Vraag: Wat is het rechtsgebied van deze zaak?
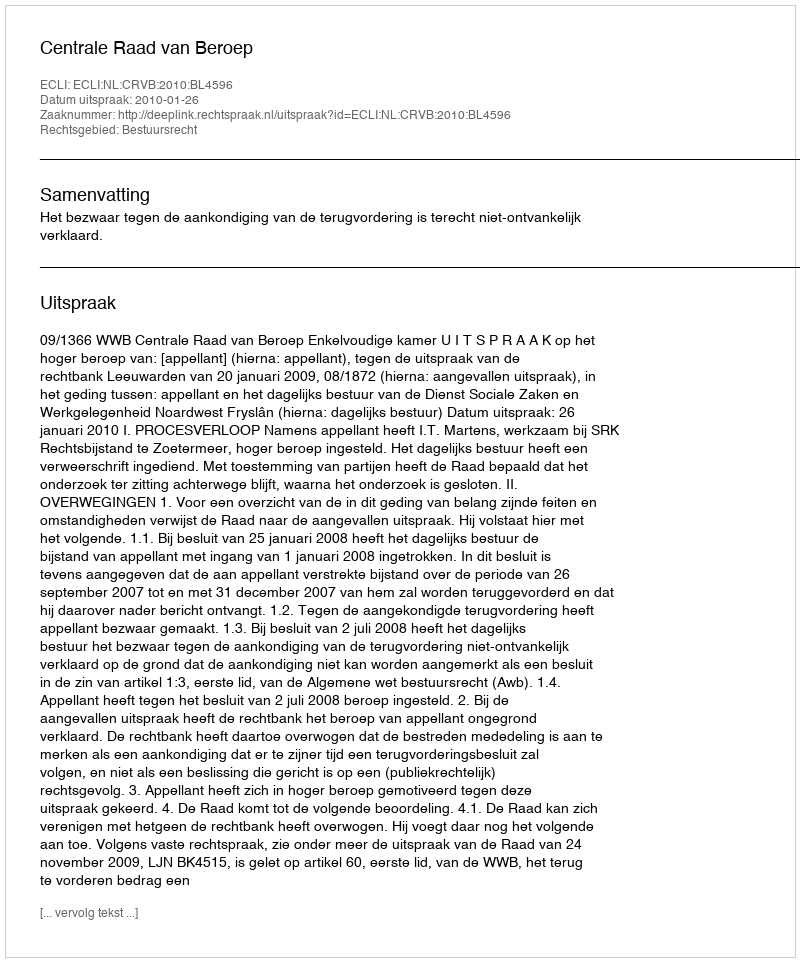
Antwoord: Bestuursrecht